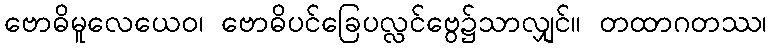
ဗောဓိမူလေယေဝ၊ ဗောဓိပင်ခြေပလ္လင်ဗွေ၌သာလျှင်။ တထာဂတဿ၊